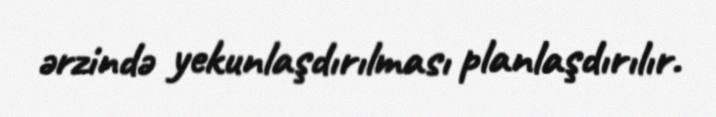
ərzində yekunlaşdırılması planlaşdırılır.